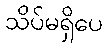
သိပ်မရှိပေ